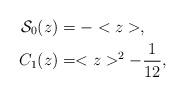
LaTeX: \begin{align*}\mathcal{S}_{0}(z) & =-<z>,\\C_{1}(z) & =<z>^{2}-\frac{1}{12},\end{align*}